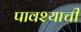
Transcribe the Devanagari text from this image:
पावश्याची